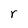
Character: r